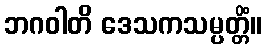
ဘဂဝါတိ ဒေသကသမ္ပတ္တိံ။